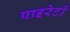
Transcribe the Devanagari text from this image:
पाइरेटों